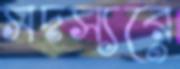
সদস্যরে